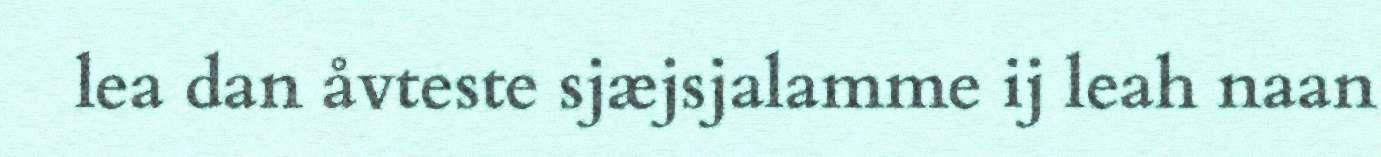
lea dan åvteste sjæjsjalamme ij leah naan